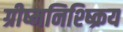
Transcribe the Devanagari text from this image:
ग्रीष्मनिश्ष्क्रिय